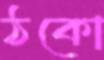
ঠকো